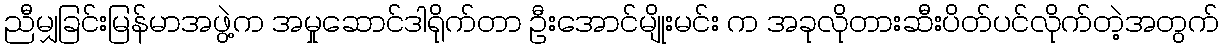
ညီမျှခြင်းမြန်မာအဖွဲ့က အမှုဆောင်ဒါရိုက်တာ ဦးအောင်မျိုးမင်း က အခုလိုတားဆီးပိတ်ပင်လိုက်တဲ့အတွက်